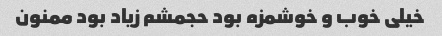
خیلی خوب و خوشمزه بود حجمشم زیاد بود ممنون